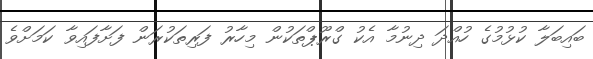
ބައިބަލާ ކުޅުމުގެ ހުއްދަ ދިނުމާ އެކު ގްރޫޕްތަކުން މިހާރު ފަރިތަކުރަން ފަށާފައިވާ ކަމަށްވެ